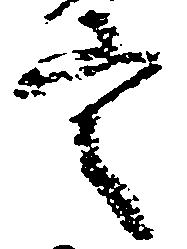
定